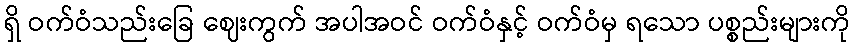
ရှိ ဝက်ဝံသည်းခြေ ဈေးကွက် အပါအဝင် ဝက်ဝံနှင့် ဝက်ဝံမှ ရသော ပစ္စည်းများကို